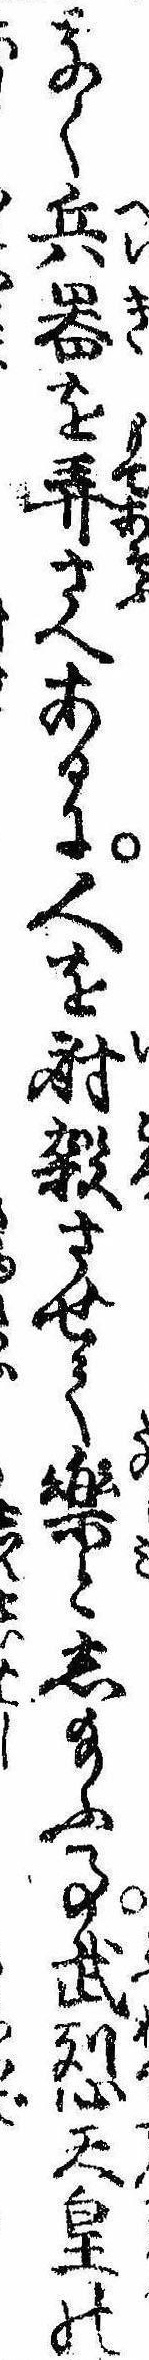
なく兵器を弄さへあるに人を射殺させて楽とし給ふ事武烈天皇の